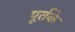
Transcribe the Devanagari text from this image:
पूर्तके